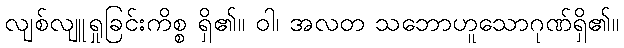
လျစ်လျူရှုခြင်းကိစ္စ ရှိ၏။ ဝါ၊ အလတ သဘောဟူသောဂုဏ်ရှိ၏။